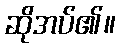
ဆိုအပ်၏။